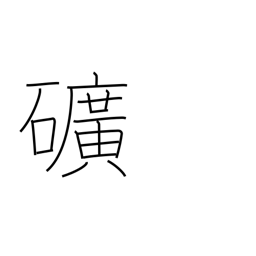
Meaning: mine